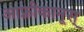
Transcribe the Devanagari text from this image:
आफ़्रीकानूस्